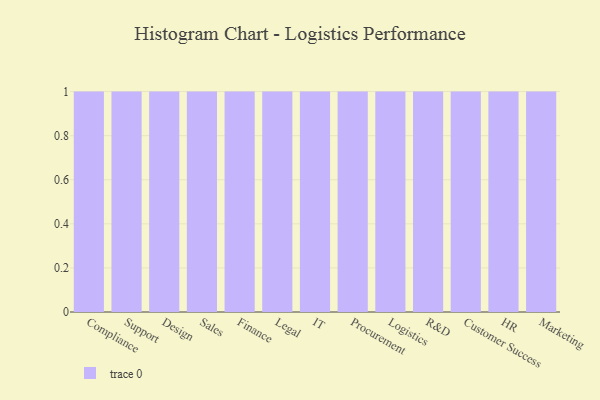
{"axis": {"x": "Department", "y": "Latency (ms)"}, "legend": [""], "data": [{"x": "Compliance", "y": 63, "type": ""}, {"x": "Support", "y": 56, "type": ""}, {"x": "Design", "y": 49, "type": ""}, {"x": "Sales", "y": 84, "type": ""}, {"x": "Finance", "y": 58, "type": ""}, {"x": "Legal", "y": 79, "type": ""}, {"x": "IT", "y": 19, "type": ""}, {"x": "Procurement", "y": 13, "type": ""}, {"x": "Logistics", "y": 48, "type": ""}, {"x": "R&D", "y": 43, "type": ""}, {"x": "Customer Success", "y": 1, "type": ""}, {"x": "HR", "y": 26, "type": ""}, {"x": "Marketing", "y": 18, "type": ""}]}